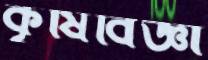
কৃষিবিজ্ঞা